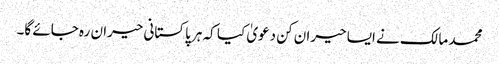
محمد مالک نے ایسا حیران کن دعویٰ کیا کہ ہر پاکستانی حیران رہ جائے گا۔